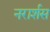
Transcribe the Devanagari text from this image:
नरार्शस